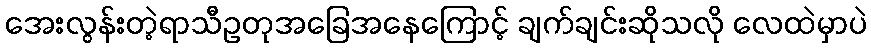
အေးလွန်းတဲ့ရာသီဥတုအခြေအနေကြောင့် ချက်ချင်းဆိုသလို လေထဲမှာပဲ